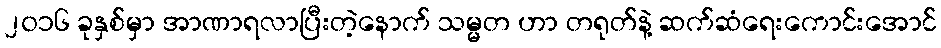
၂၀၁၆ ခုနှစ်မှာ အာဏာရလာပြီးတဲ့နောက် သမ္မတ ဟာ တရုတ်နဲ့ ဆက်ဆံရေးကောင်းအောင်